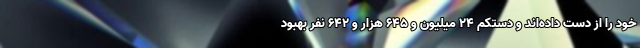
خود را از دست داده‌اند و دستکم ۲۴ میلیون و ۶۴۵ هزار و ۶۴۲ نفر بهبود